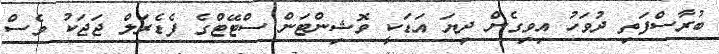
ބުރާސްފަތި ދުވަހު އިވިގެން ދިޔަ އަޑަކީ ވޮޝިންޓަން ސްޓޭޓްގެ ފެޑެރަލް ޖަޖަކު ވެސް